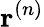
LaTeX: \mathbf{r}^{(n)}